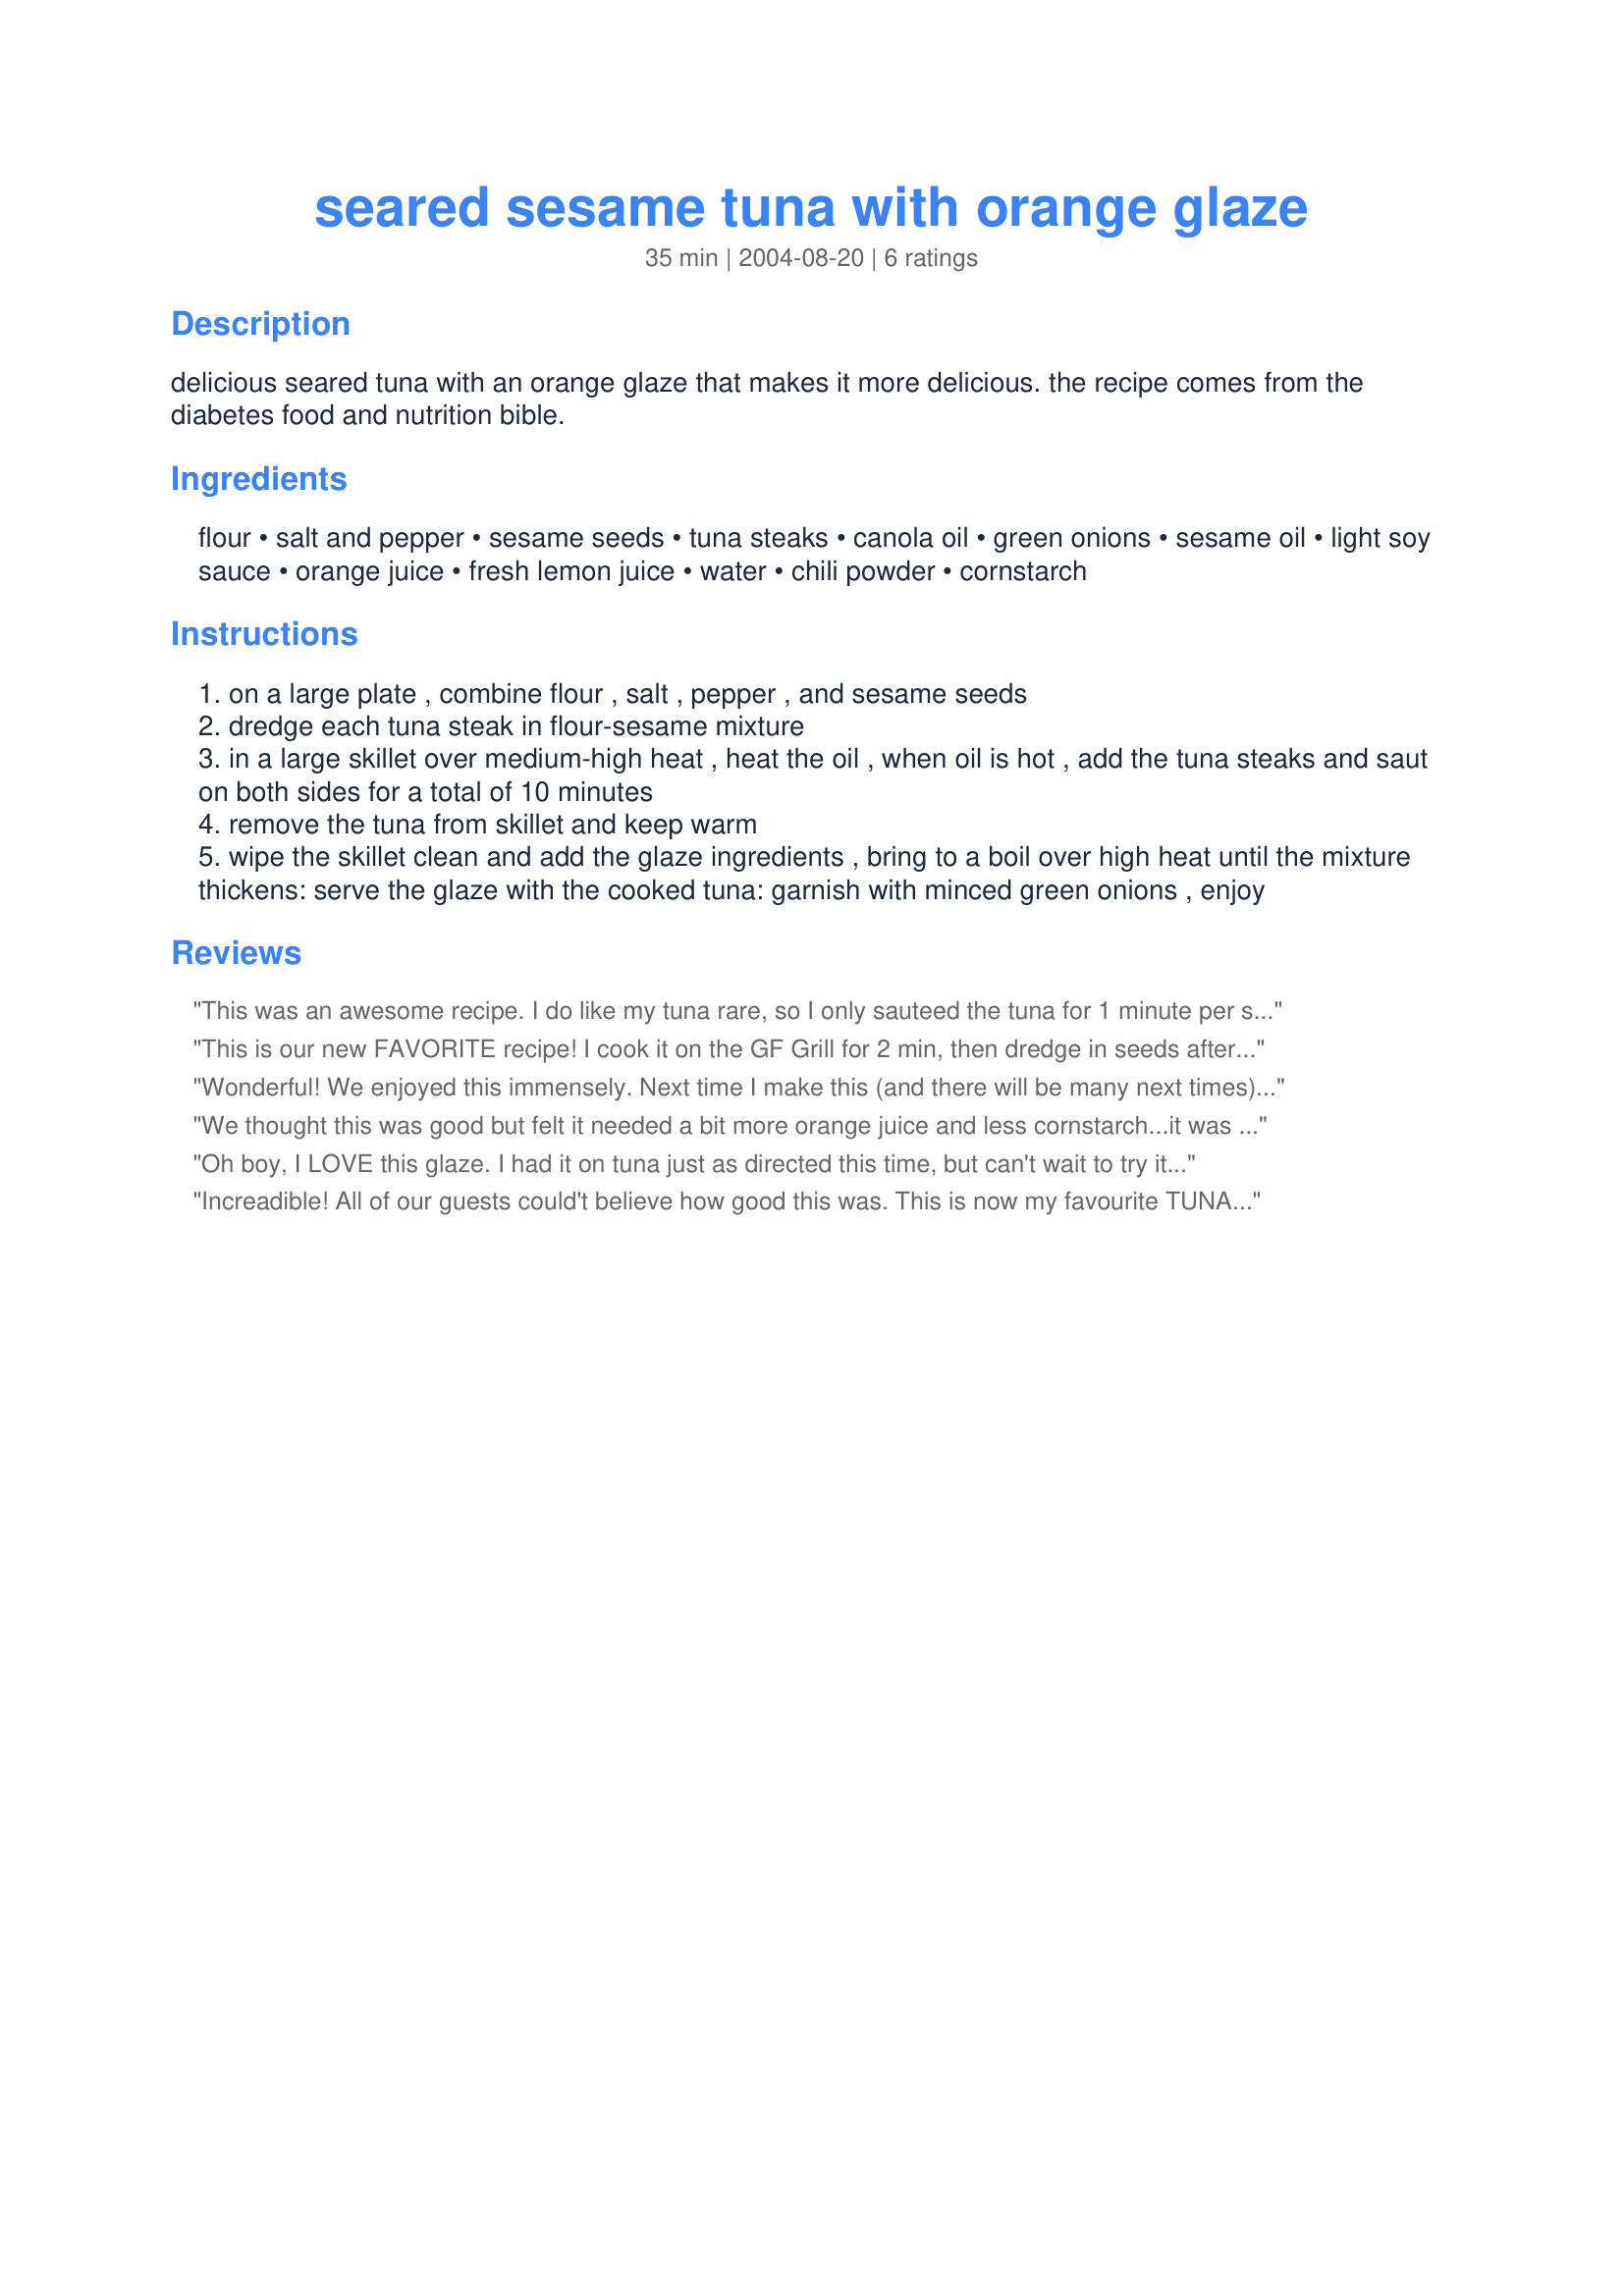
seared sesame tuna with orange glaze
Preparation time: 35 minutes

delicious seared tuna with an orange glaze that makes it more delicious. the recipe comes from the diabetes food and nutrition bible.

Ingredients:
flour, salt and pepper, sesame seeds, tuna steaks, canola oil, green onions, sesame oil, light soy sauce, orange juice, fresh lemon juice, water, chili powder, cornstarch

Steps:
on a large plate , combine flour , salt , pepper , and sesame seeds
dredge each tuna steak in flour-sesame mixture
in a large skillet over medium-high heat , heat the oil , when oil is hot , add the tuna steaks and saut on both sides for a total of 10 minutes
remove the tuna from skillet and keep warm
wipe the skillet clean and add the glaze ingredients , bring to a boil over high heat until the mixture thickens: serve the glaze with the cooked tuna: garnish with minced green onions , enjoy

Reviews:
This was an awesome recipe. I do like my tuna rare, so I only sauteed the tuna for 1 minute per side. I really liked the glaze., Thanks for a keeper recipe!!
This is our new FAVORITE recipe! I cook it on the GF Grill for 2 min, then dredge in seeds after cooking. Couldn't be easier! Serve sliced, topped with sliced avocado - YUM! The sauce is EXCELLENT!!!!
Wonderful! We enjoyed this immensely. Next time I make this (and there will be many next times) I'm going to use fresh squeezed orange juice - a little more orange flavor would be nice. I also served it with our favorite dipping sauce:
about 1/2 C. soy sauce mixed with 2 - 3 tablespoons of Inglehoffer Wasabi Horseradish.
Inglehoffer is the brand name and you can usually find it in the same section mustards are in at the grocery store.

The one big difference was the cooking time. If you cooked it for a total of 10 minutes it would be well done - like tuna in the can. We like our tuna rare so sauteed it for only between 1 and 2 minutes per side.
We thought this was good but felt it needed a bit more orange juice and less cornstarch...it was a bit thick. The sesame crust on the seared tuna was excellent. Will will be trying this one again! Thanks!
Oh boy, I LOVE this glaze. I had it on tuna just as directed this time, but can't wait to try it on other types of fish as well. Thanks for an outstanding fish recipe!
Increadible! All of our guests could't believe how good this was. This is now my favourite TUNA! The crunchy outside and the yummy sauce were so delicious. I tried using butter instead of oil to sear some of the steaks and the ones with butter were better. I also used orange juice concentrate in the glaze. That worked well. Good luck with this amazing recipie!
